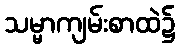
သမ္မာကျမ်းစာထဲ၌